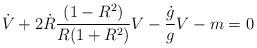
LaTeX: \begin{align*}\dot V+2\dot R{(1-R^2)\over R(1+R^2)}V-{\dot g\over g}V-m=0\end{align*}